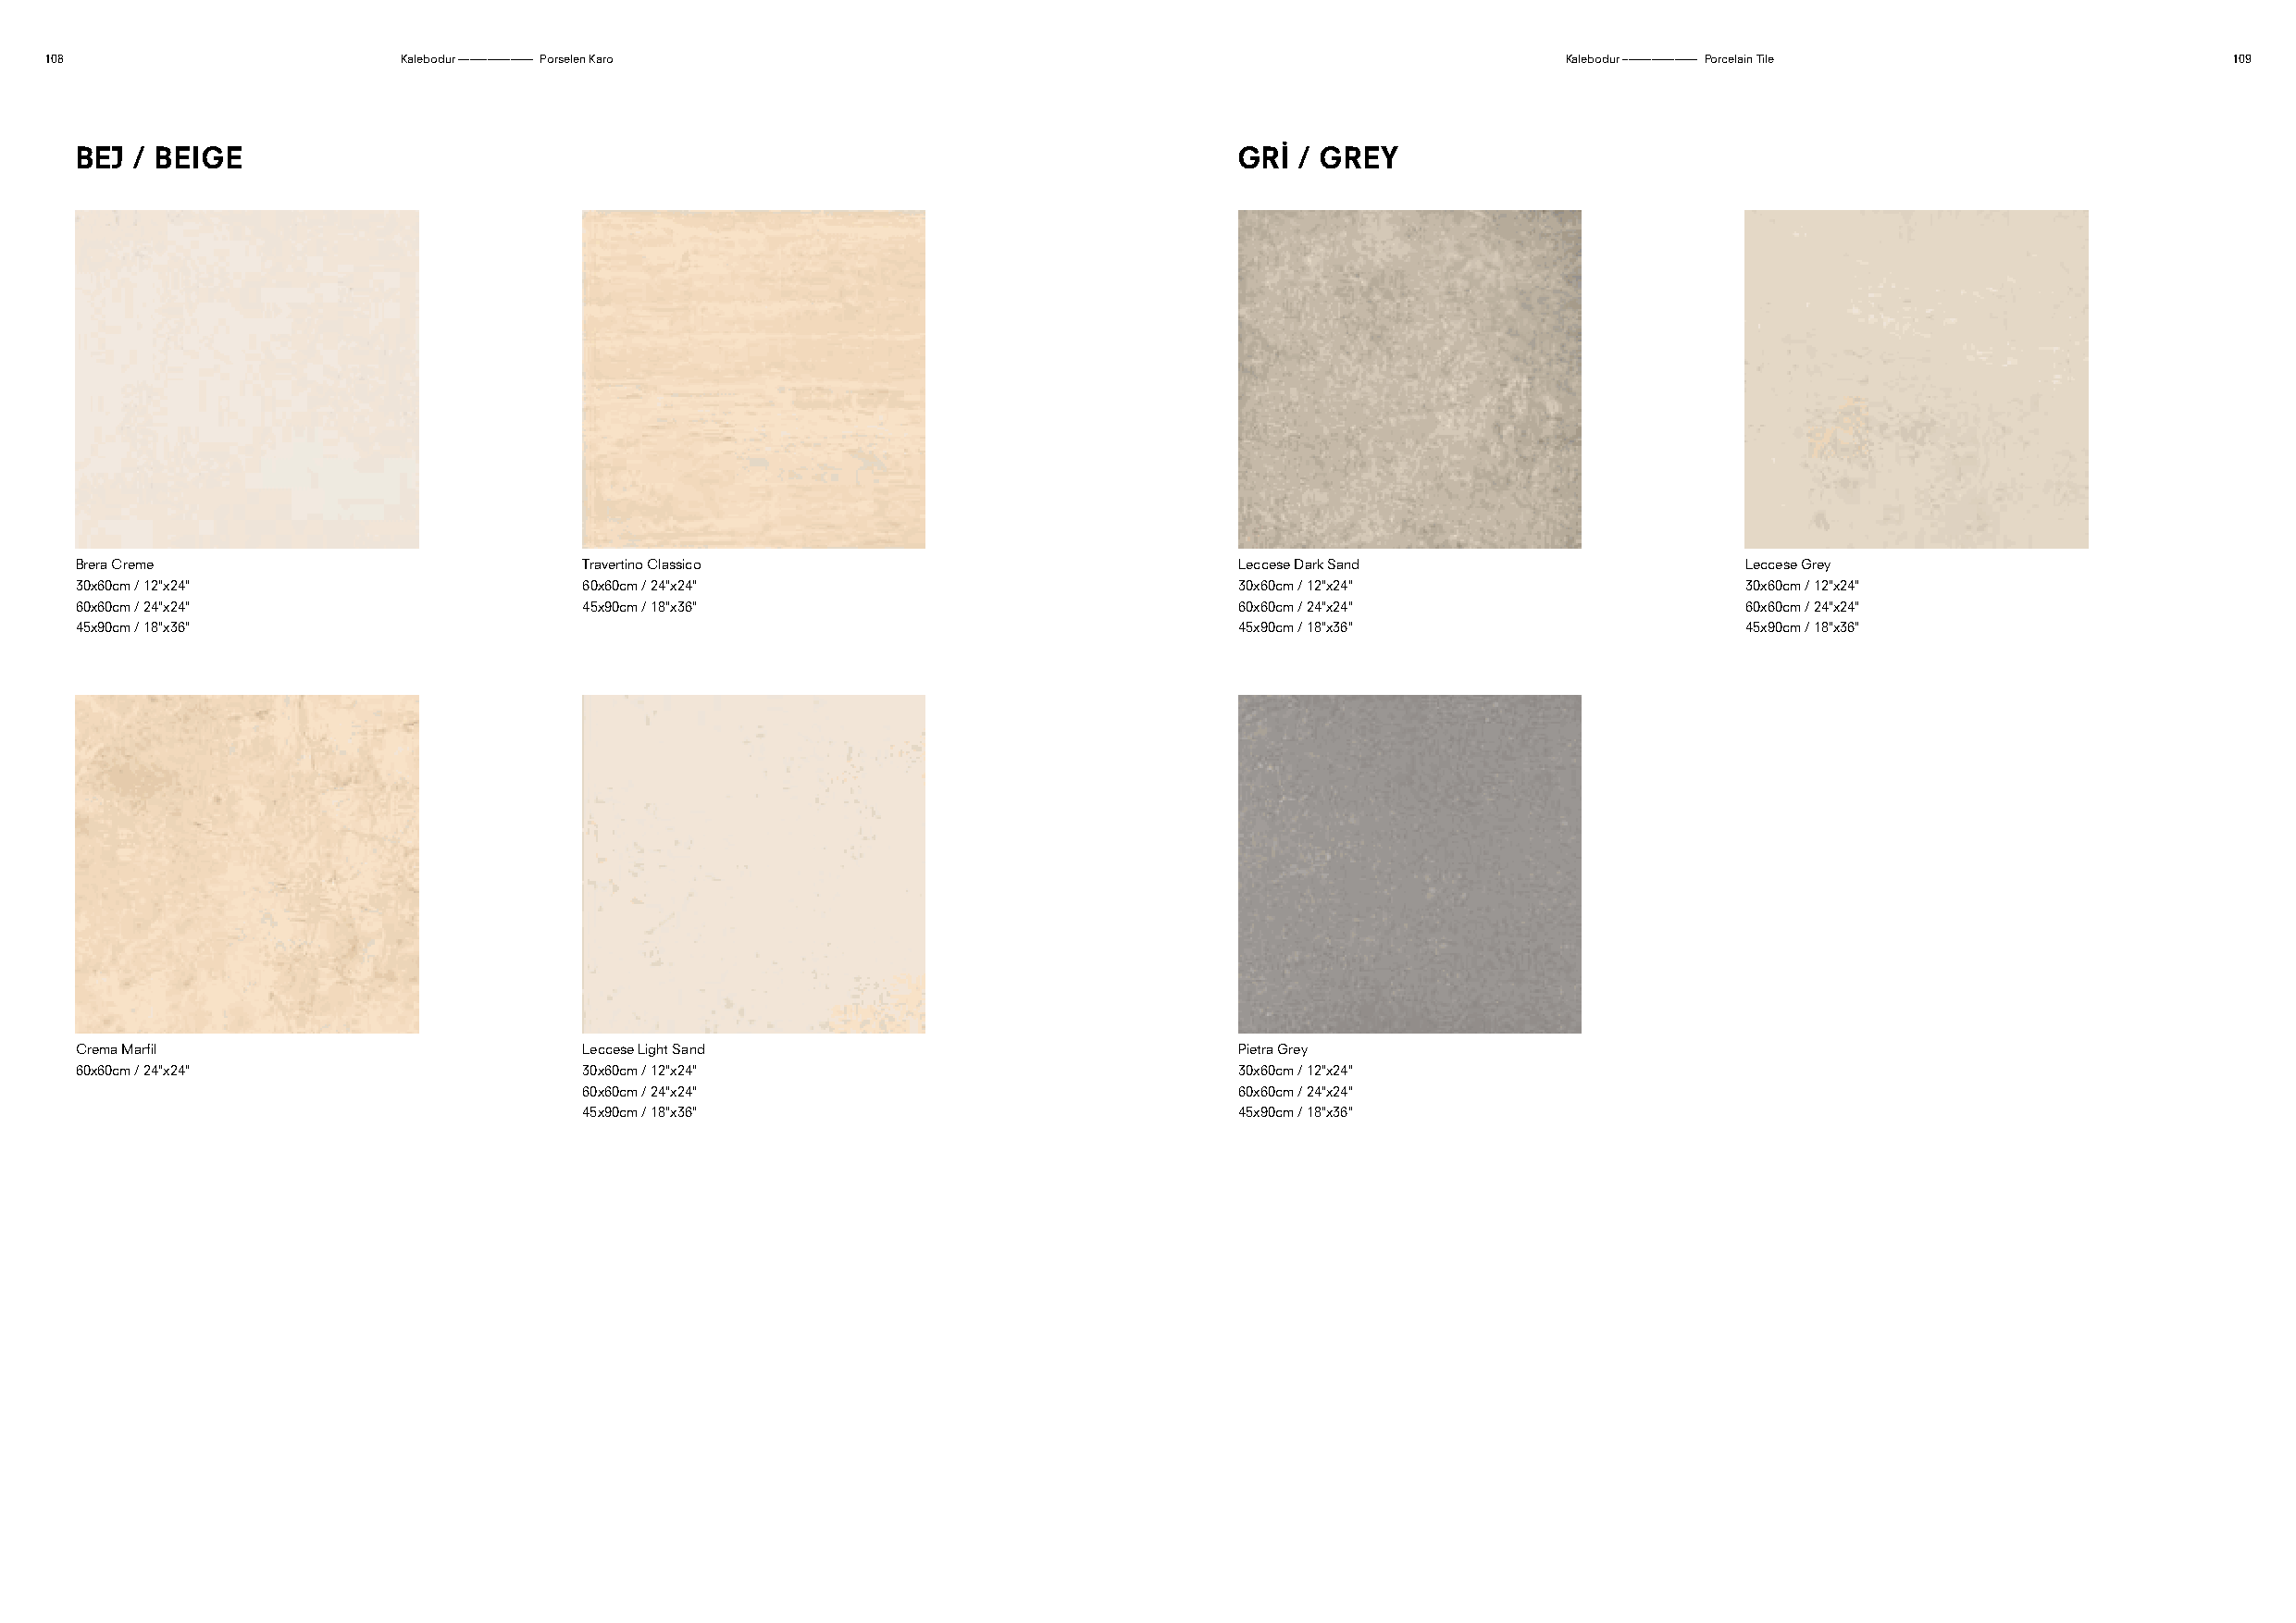
108                       Kalebodur ––––––––––––– Porselen Karo                                              Kalebodur ––––––––––––– Porcelain Tile          109
 BEJ  / BEIGE                                                                        GRİ / GREY
 Brera Creme                          Travertino Classico                            Leccese Dark Sand                   Leccese Grey
 30x60cm / 12"x24"                    60x60cm / 24"x24"                              30x60cm / 12"x24"                   30x60cm / 12"x24"
 60x60cm / 24"x24"                    45x90cm / 18"x36"                              60x60cm / 24"x24"                   60x60cm / 24"x24"
 45x90cm / 18"x36"                                                                   45x90cm / 18"x36"                   45x90cm / 18"x36"
 Crema Marfil                         Leccese Light Sand                             Pietra Grey
 60x60cm / 24"x24"                    30x60cm / 12"x24"                              30x60cm / 12"x24"
 60x60cm / 24"x24"                              60x60cm / 24"x24"
 45x90cm / 18"x36"                              45x90cm / 18"x36"